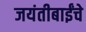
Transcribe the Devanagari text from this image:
जयंतीबाईंचे